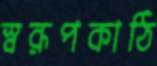
স্বরূপকাঠি